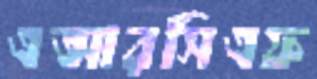
এআরসিএফ